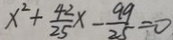
x ^ { 2 } + \frac { 4 2 } { 2 5 } x - \frac { 9 9 } { 2 5 } = 0